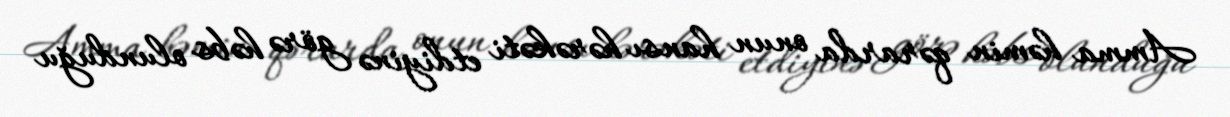
Amma həmin qərarda onun hansı hərəkəti etdiyinə görə həbs olunduğu